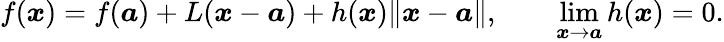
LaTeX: f({\boldsymbol{x}})=f({\boldsymbol{a}})+L({\boldsymbol{x}}-{\boldsymbol{a}})+h({\boldsymbol{x}})\lVert{\boldsymbol{x}}-{\boldsymbol{a}}\rVert,\qquad\operatorname*{lim}_{{\boldsymbol{x}}\to{\boldsymbol{a}}}h({\boldsymbol{x}})=0.